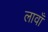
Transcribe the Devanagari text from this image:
लावाँ